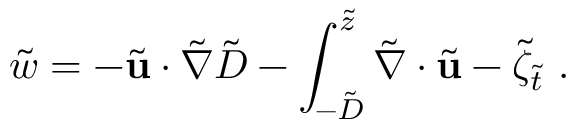
\tilde { w } = - \tilde { \mathbf { u } } \cdot \tilde { \nabla } \tilde { D } - \int _ { - \tilde { D } } ^ { \tilde { z } } \tilde { \nabla } \cdot \tilde { \mathbf { u } } - \tilde { \zeta } _ { \tilde { t } } \ .